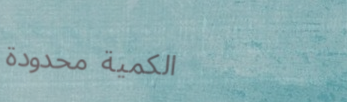
الكمية محدودة